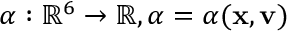
\alpha : \mathbb { R } ^ { 6 } \rightarrow \mathbb { R } , \alpha = \alpha ( \mathbf { x } , \mathbf { v } )